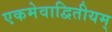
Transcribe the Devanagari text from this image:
एकमेवाद्वितीयम्‌